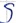
Text: S